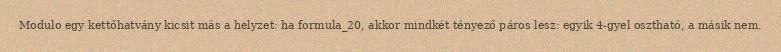
Modulo egy kettőhatvány kicsit más a helyzet: ha formula_20, akkor mindkét tényező páros lesz: egyik 4-gyel osztható, a másik nem.